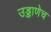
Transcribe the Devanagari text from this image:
उड्डाणेच